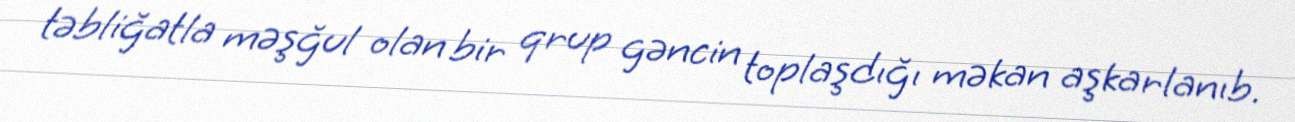
təbliğatla məşğul olan bir qrup gəncin toplaşdığı məkan aşkarlanıb.